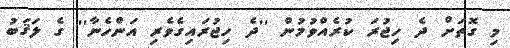
މި ގޮތަށް ދެ ހިޖުރަ ކުރެއްވުމުން ''ދެ ހިޖުރައިގެވެރި އަންހެނާ'' ގެ ލަޤަބު